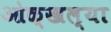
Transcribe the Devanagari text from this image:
ओळ्खल्या